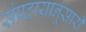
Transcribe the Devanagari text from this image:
संप्रदायानूसारी